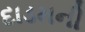
દાડમની